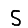
Digit: 5